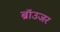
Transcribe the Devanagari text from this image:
ब्रॉउजर